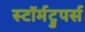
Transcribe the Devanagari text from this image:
स्टॉर्मट्रुपर्स